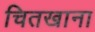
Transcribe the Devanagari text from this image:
चितखाना